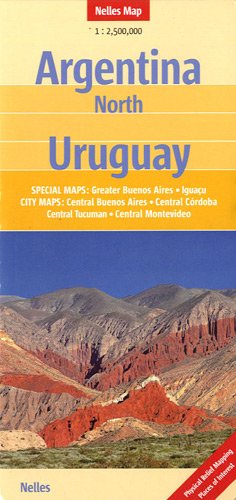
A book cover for Northern Argentina and Uruguay Map (Nelles Maps) (English, French, Italian and German Edition); Nelles; Travel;